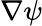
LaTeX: \nabla\psi